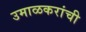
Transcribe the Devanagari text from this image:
उमाळकरांची